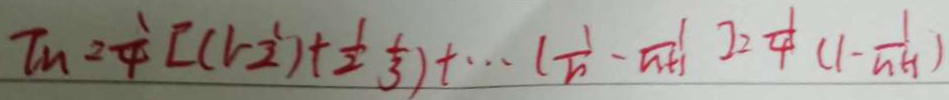
T _ { n } = \frac { 1 } { 4 } [ ( 1 - \frac { 1 } { 2 } ) + \frac { 1 } { 2 } \frac { 1 } { 3 } ) + \cdots ( \frac { 1 } { n } - \frac { 1 } { n + 1 } ) ] = \frac { 1 } { 4 } ( 1 - \frac { 1 } { n + 1 } )